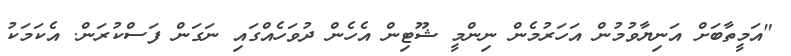
"އަމީތާބަށް އަނިޔާވުމުން އަހަރުމެން ނިންމީ ޝޫޓިން އެހެން ދުވަހެއްގައި ނަގަން ފަސްކުރަން. އެކަމަކު